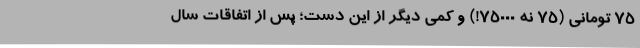
75 تومانی (75 نه 75000!) و کمی دیگر از این دست؛ پس از اتفاقات سال